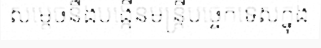
សម្តេចនឹងបង្កើនមន្ត្រីបច្ចេកទេសក្នុង